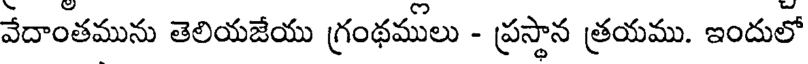
వేదాంతమును తెలియజేయు గ్రంథములు - ప్రస్థాన త్రయము. ఇందులో